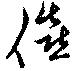
僖